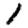
Digit: 1